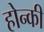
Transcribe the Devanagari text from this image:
होन्की